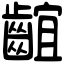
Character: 𪘲